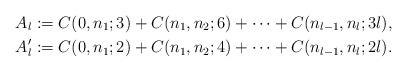
LaTeX: \begin{align*} A_{l}&:=C(0,n_{1};3)+C(n_{1},n_{2};6)+\cdots + C(n_{l-1},n_{l};3l),\\A_{l}'&:=C(0,n_{1};2)+C(n_{1},n_{2};4)+\cdots + C(n_{l-1},n_{l};2l).\end{align*}